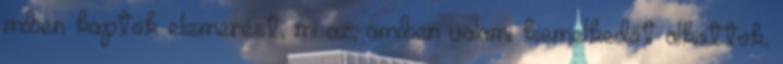
miben kaptok elismerést, mi az, amiben valami kiemelkedőt alkottok,